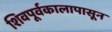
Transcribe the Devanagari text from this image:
शिवपूर्वकालापासून